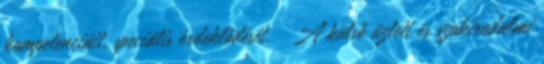
kompetenciáit, speciális érdeklődését.  A külső üzleti és szakirodalmi